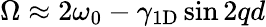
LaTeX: \Omega\approx 2\omega_{0}-\gamma_{\mathrm{1D}}\sin 2qd